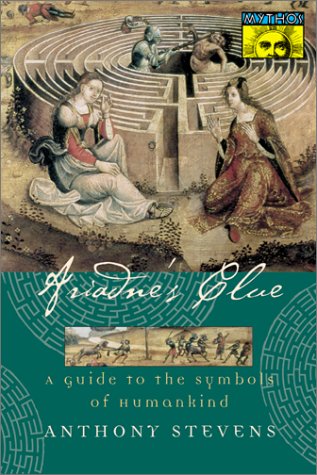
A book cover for Ariadne's Clue: A Guide to the Symbols of Humankind (Mythos: The Princeton/Bollingen Series in World Mythology); Anthony Stevens; Medical Books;